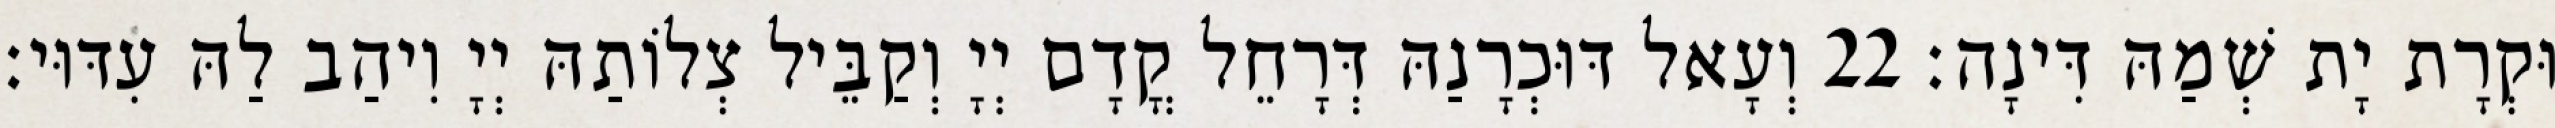
וּקְרָת יָת שְׁמַהּ דִּינָה׃ 22 וְעָאל דּוּכְרָנַהּ דְּרָחֵל קֳדָם יְיָ וְקַבֵּיל צְלוֹתַהּ יְיָ וִיהַב לַהּ עִדּוּי׃